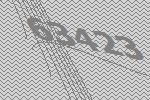
63423